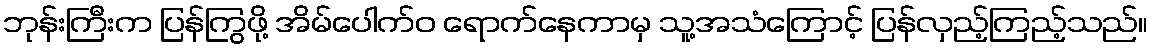
ဘုန်းကြီးက ပြန်ကြွဖို့ အိမ်ပေါက်ဝ ရောက်နေကာမှ သူ့အသံကြောင့် ပြန်လှည့်ကြည့်သည်။